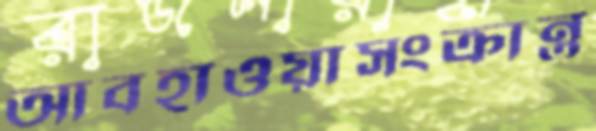
আবহাওয়াসংক্রান্ত